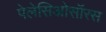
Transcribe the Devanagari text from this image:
पेलेसिओसॉरस